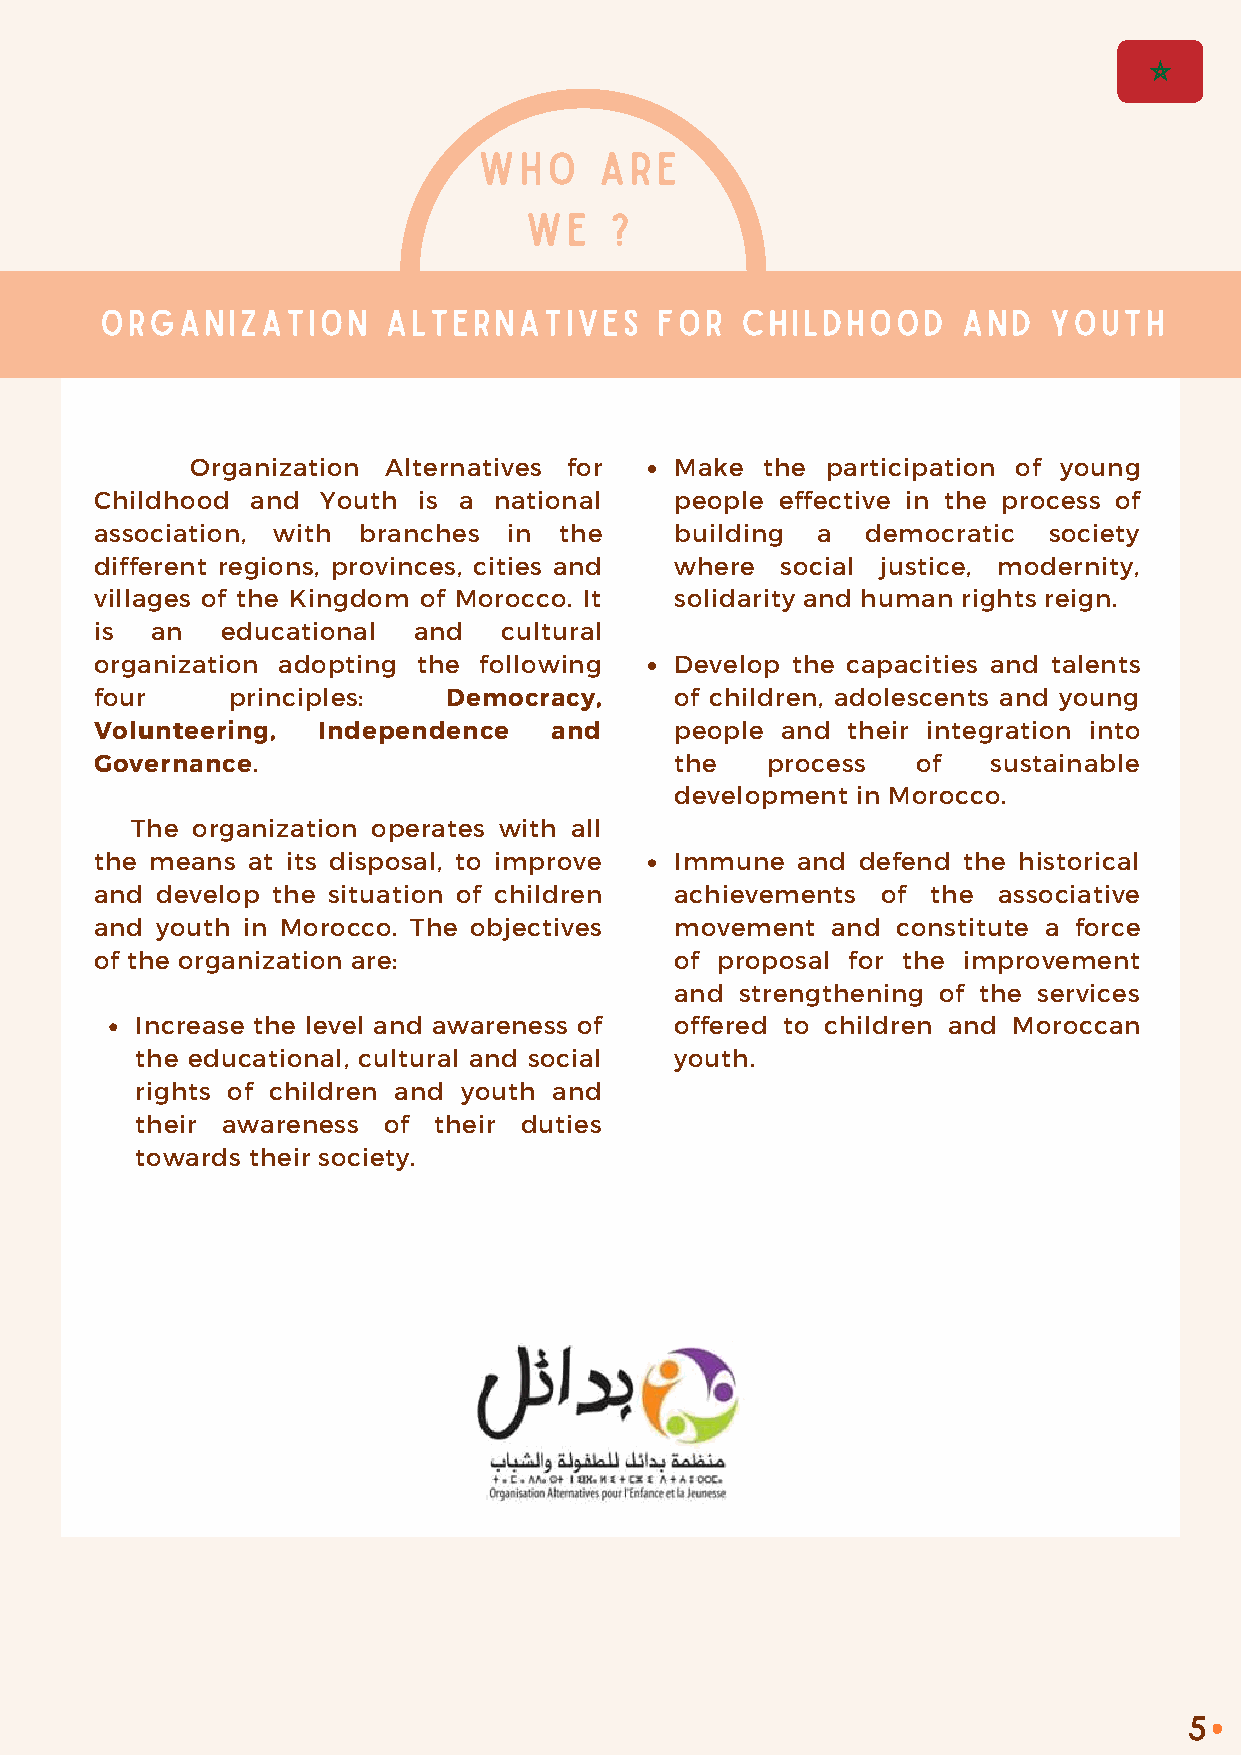
WHO     ARE
 WE   ?
 ORGANIZATION       ALTERNATIVES      FOR  CHILDHOOD      AND  YOUTH
 Organization Alternatives for   Make  the participation of young
 Childhood  and Youth  is a national    people effective in the process of
 association, with branches  in the     building a  democratic  society
 different regions, provinces, cities and where social justice, modernity,
 villages of the Kingdom of Morocco. It solidarity and human rights reign.
 is  an   educational and   cultural
 organization adopting the following    Develop the capacities and talents
 four     principles:    Democracy,     of children, adolescents and young
 Volunteering,  Independence   and      people and their integration into
 Governance.                            the   process   of   sustainable
 development in Morocco.
 The organization operates with all
 the means at its disposal, to improve  Immune  and defend the historical
 and develop the situation of children  achievements of  the associative
 and youth in Morocco. The objectives   movement  and constitute a force
 of the organization are:               of proposal for the improvement
 and strengthening of the services
 Increase the level and awareness of offered to children and Moroccan
 the educational, cultural and social youth.
 rights of children and youth and
 their awareness of  their duties
 towards their society.
 5
 •